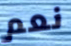
نعم